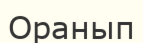
Оранып